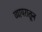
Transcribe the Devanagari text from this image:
व्यापरातून